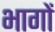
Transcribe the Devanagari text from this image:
भागाें